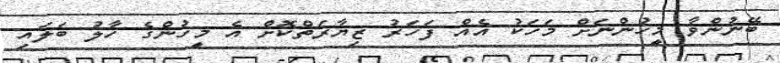
ބޭނުންވާ މީހުންނަށް މަހަކު އެއް ފަހަރު ޒިޔާރަތްކޮށް އެ މީހުންގެ ހާލު ބަލައި